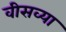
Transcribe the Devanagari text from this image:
वीसव्या